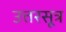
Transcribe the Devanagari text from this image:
उत्तरसूत्र